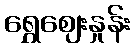
ရွှေဈေးနှုန်း